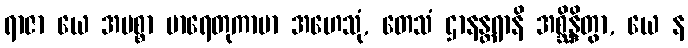
ရာဇာ ယေ အမစ္စာ မာရေတုကာမာ အဟေသုံ, တေသံ ဌာနန္တရာနိ အစ္ဆိန္ဒိတွာ, ယေ န